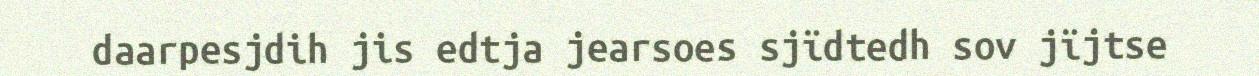
daarpesjdih jis edtja jearsoes sjïdtedh sov jïjtse